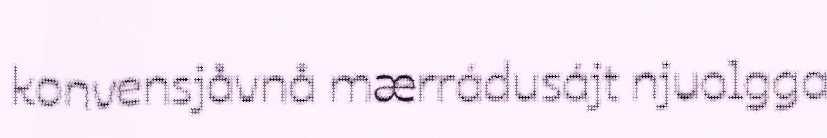
konvensjåvnå mærrádusájt njuolgga